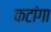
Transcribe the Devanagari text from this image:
कटांगा